Annual administration report of the Civil Veterinary Department of India - 1899-1900
Year: 1899
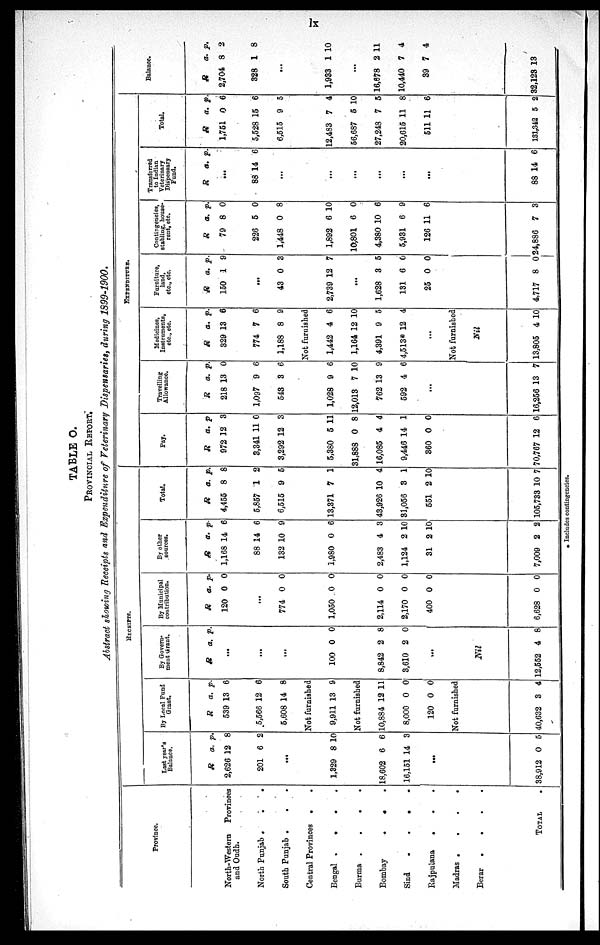
lx
TABLE O.
PROVINCIAL REPORT.
Abstract showing Receipts and Expenditure of Veterinary Dispensaries, during 1899-1900.
Province.
North-Western Provinces
and Oudh.
North Punjab . .
.
South Punjab .
.
.
Central Provinces .
Bengal
.
.
.
Burma .
.
.
.
Bombay
.
.
.
Sind . . .
Rajputana
.
.
Madras .
.
.
.
Berar .
.
.
.
TOTAL .
RECEIPTS.
Last year's
Balance.
R
2,626
201
a.
12
6
p.
8
2
...
1,329
18,602
16,151
8
6
14
10
6
3
...
38,912 0 5
By Local Fund
Grant.
R
539
5,566
5,608
a.
13
12
14
p.
6
6
8
Not furnished
9,911 13 9
Not furnished
10,884
8,000
120
12
0
0
11
0
0
Not furnished
40,632 3 4
By Govern-
meut Grant.
R a. p.
...
...
...
100
8,842
3,610
0
2
2
0
8
0
...
Nil
12,552 4 8
By Municipal
contribution.
R a
120
.
0
p.
0
...
774
1,050
2,114
2,170
400
6,628
0
0
0
0
0
0
0
0
0
0
0
0
By other
sources.
R
1,168
88
132
1,980
2,483
1,124
31
7,009
a.
14
14
10
0
4
2 1
2 1
2
p.
6
6
9
6
3
0
0
2
Total.
R
4,455
5,857
6,515
13,371
43,926 1
31,056
551
105,733
a.
8
1
9
7
0
3
2
10
p.
8
2
5
1
4
1
10
7
EXPENDITURE.
Pay.
R
972
3,341
3,292
5,380
31,888
16,085
9,446
360
70,767
a.
12
11
12
5
0
4
14
0
12
p
3
0
3
11
8
4
1
0
6
Travelling
Allowance.
R
218
1,097
543
1,028
12,013
762
592
a.
13
9
3
9
7
13
4
p.
0
6
6
6
10
9
6
...
16,256 1 3 7
Medicines
Instruments,
etc., etc.
R
329
774
1,188
a.
13
7
8
p.
6
6
9
Not furnished
1,442
1,164 1
4,391
4,513*
4
2
9
12
6
10
5
4
...
Not furnished
Nil
13,805 4 10
Furniture,
land,
etc., etc.
R
150
a.
1
p.
9
...
43
2,739
0
12
3
7
...
1,628
131
25
4,717
3
6
0
8
5
0
0
0
Contingencies,
stabling, house-
rent, etc.
R
79
226
1,448
1,892
10,801
4,380 1
5,931
126 1
24,886
a.
8
5
0
6 1
6
0
6
1
7
p.
0
0
8
0
0
6
9
6
3
Transferred
to Indian
Veterinary
Dispensary
Fund.
R a. p.
...
88 14 6
...
...
...
...
...
...
88 14 6
Total.
R
1,751
5,528
6,515
12,483
56,687
27,243
20,615
511
131,342
a.
0
15
9
7
5
7
11
11
5
p.
6
6
5
4
10
5
8
6
2
Balance.
R
2,704
328
a. p
8
1
.
2
8
...
1,933 1 10
...
16,678
10,440
39
32,123
2
7
7
13
11
4
4
* Includes contingencies.